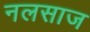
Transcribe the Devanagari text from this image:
नलसाज